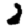
Digit: 2